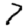
Digit: 7